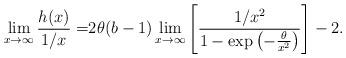
LaTeX: \begin{align*}\lim_{x\to\infty}\frac{h(x)}{1/x}=&2\theta (b-1)\lim_{x\to\infty}\left[\frac{1/x^2}{1-\exp\left(-\frac{\theta}{x^2}\right)}\right]-2.\end{align*}